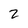
Character: 2